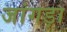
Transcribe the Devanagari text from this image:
जांगड़ा